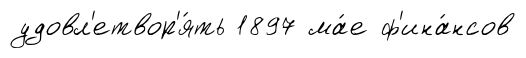
удовл'етвор'я́ть 1897 ма́е ф'ина́нсов